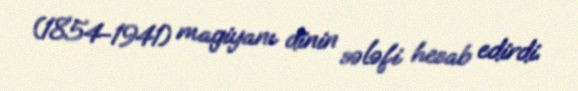
(1854-1941) magiyanı dinin sələfi hesab edirdi.